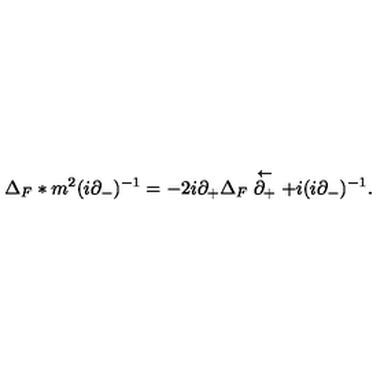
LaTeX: \Delta _ { F } \ast m ^ { 2 } ( i \partial _ { - } ) ^ { - 1 } = - 2 i \partial _ { + } \Delta _ { F } \stackrel { \leftarrow } { \partial _ { + } } + i ( i \partial _ { - } ) ^ { - 1 } .